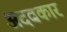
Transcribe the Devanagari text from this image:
अदबकार